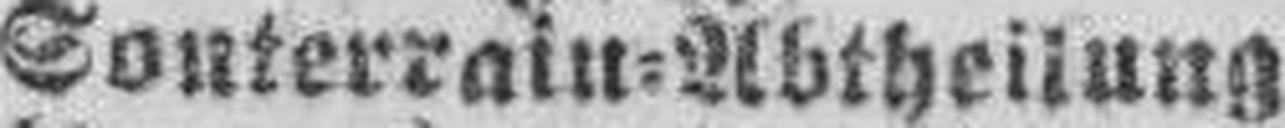
Sonterrain=Abtheilung